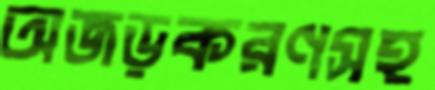
অজড়করণসহ